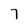
Character: 7